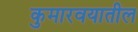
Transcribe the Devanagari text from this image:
कुमारवयातील